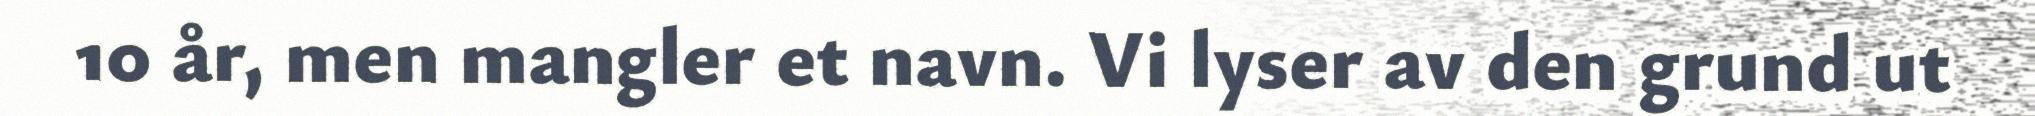
10 år, men mangler et navn. Vi lyser av den grund ut